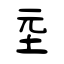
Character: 坖